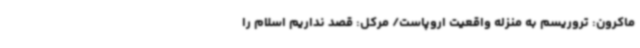
ماکرون: تروریسم به منزله واقعیت اروپاست/ مرکل: قصد نداریم اسلام را